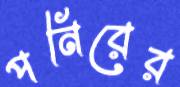
পনিরের